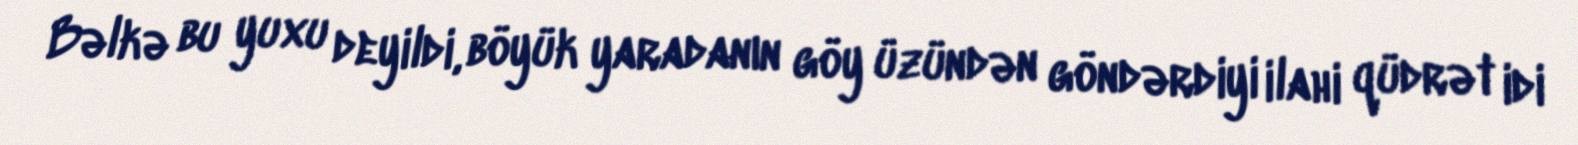
Bəlkə bu yuxu deyildi, böyük yaradanın göy üzündən göndərdiyi ilahi qüdrət idi